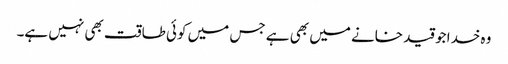
وہ خدا جو قید خانے میں بھی ہے جس میں کوئی طاقت بھی نہیں ہے۔